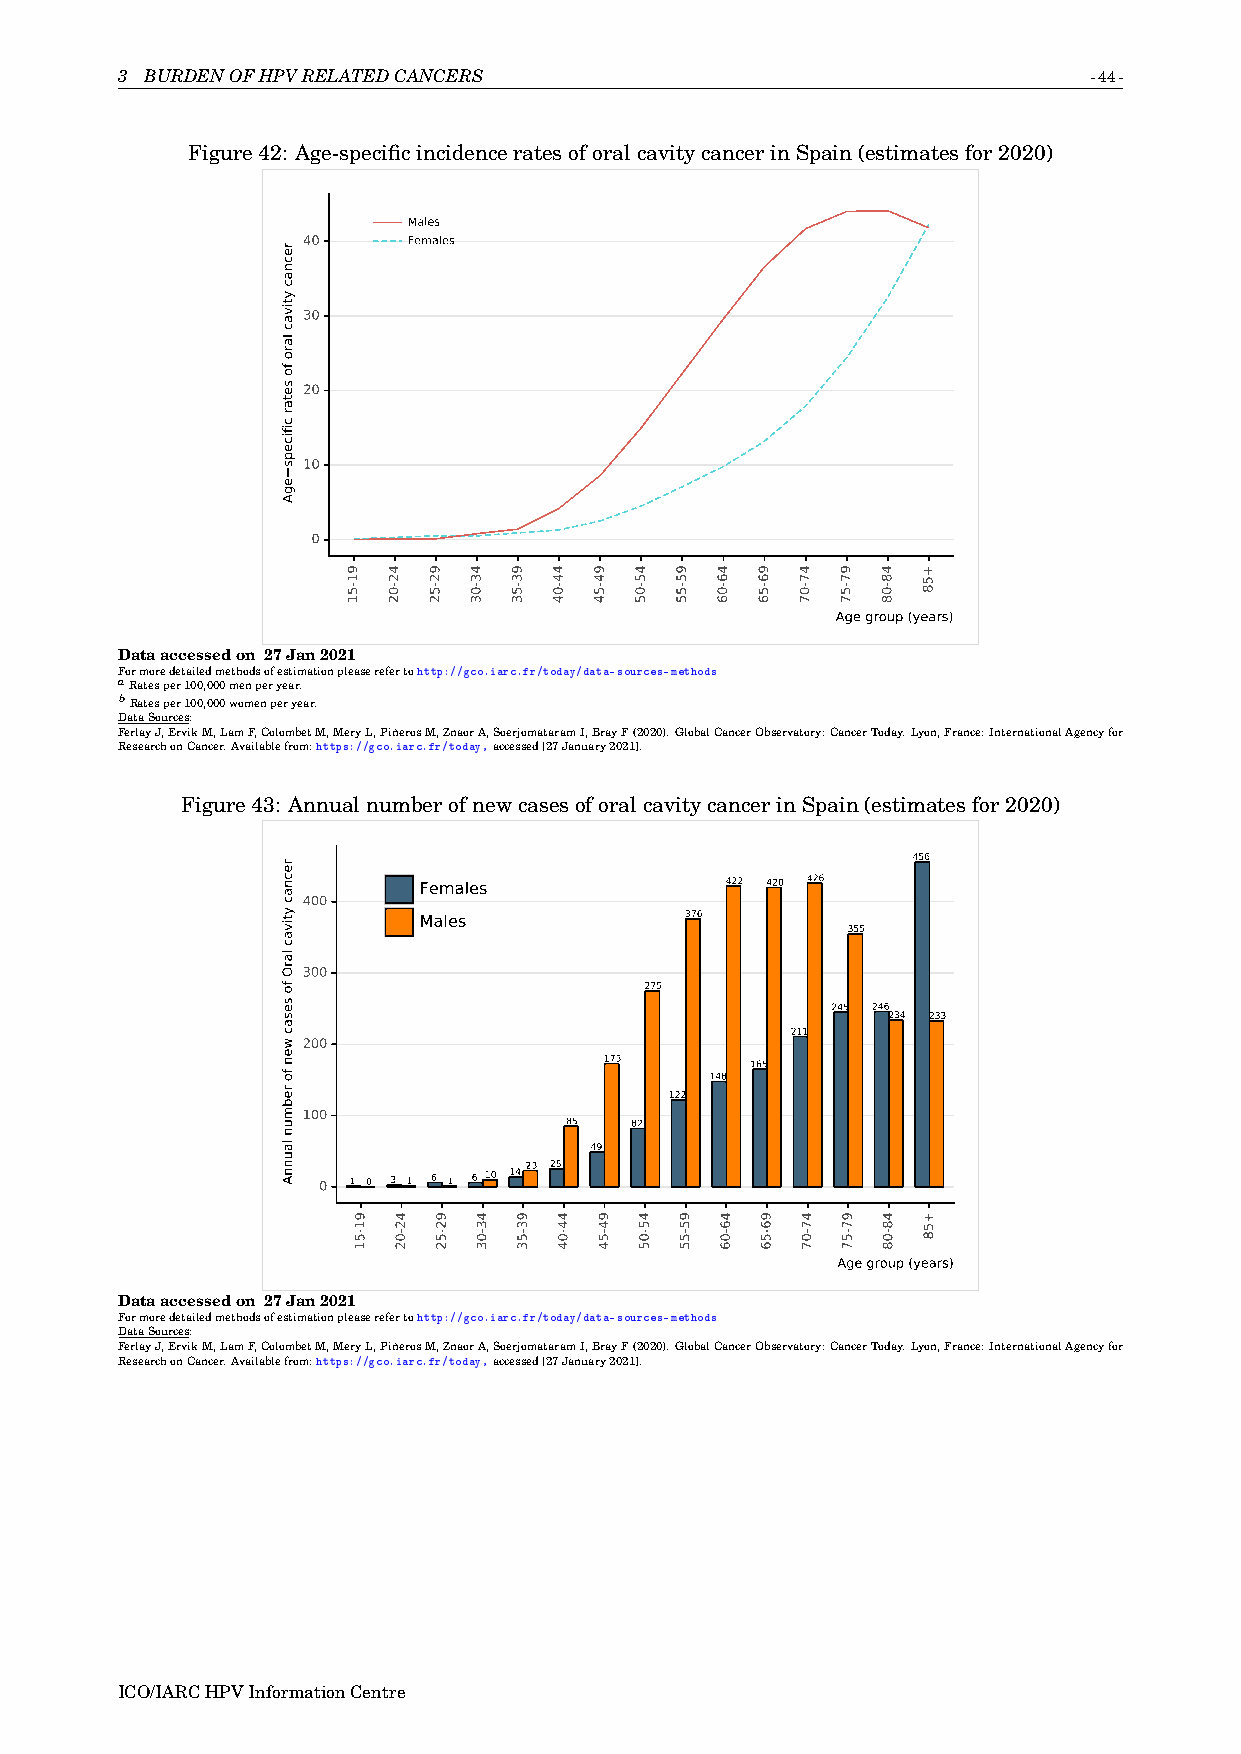
3 BURDENOFHPVRELATEDCANCERS                                     -44-
 Figure42: Age-specificincidenceratesoforalcavitycancerinSpain(estimatesfor2020)
 Males
 40     Females
 30
 20
 10
 0
 Age group (years)
 Dataaccessedon 27Jan2021
 Formoredetailedmethodsofestimationpleaserefertohttp://gco.iarc.fr/today/data-sources-methods
 aRatesper100,000menperyear.
 bRatesper100,000womenperyear.
 DataSources:
 FerlayJ,ErvikM,LamF,ColombetM,MeryL,PiñerosM,ZnaorA,SoerjomataramI,BrayF(2020).GlobalCancerObservatory:CancerToday.Lyon,France:InternationalAgencyfor
 ResearchonCancer.Availablefrom:https://gco.iarc.fr/today,accessed[27January2021].
 Figure43: AnnualnumberofnewcasesoforalcavitycancerinSpain(estimatesfor2020)
 456
 Females             422 420 426
 400
 Males            376
 355
 300
 275
 245 246
 234 233
 211
 200
 173       165
 148
 122
 100
 85   82
 49
 23 25
 0 1 0 3 1 6 1 6 10 14
 Age group (years)
 Dataaccessedon 27Jan2021
 Formoredetailedmethodsofestimationpleaserefertohttp://gco.iarc.fr/today/data-sources-methods
 DataSources:
 FerlayJ,ErvikM,LamF,ColombetM,MeryL,PiñerosM,ZnaorA,SoerjomataramI,BrayF(2020).GlobalCancerObservatory:CancerToday.Lyon,France:InternationalAgencyfor
 ResearchonCancer.Availablefrom:https://gco.iarc.fr/today,accessed[27January2021].
 ICO/IARCHPVInformationCentre
 recnac
 ytivac
 laro
 fo
 setar
 cificeps
 egA
 recnac
 ytivac
 larO
 fo
 sesac
 wen
 fo
 rebmun
 launnA
 91-51
 91-51
 42-02
 42-02
 92-52
 92-52
 43-03
 43-03
 93-53
 93-53
 44-04
 44-04
 94-54
 94-54
 45-05
 45-05
 95-55
 95-55
 46-06
 46-06
 96-56
 96-56
 47-07
 47-07
 97-57
 97-57
 48-08
 48-08
 +58
 +58